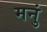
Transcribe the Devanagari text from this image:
मनुं